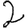
Digit: 2